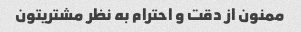
ممنون از دقت و احترام به نظر مشتریتون